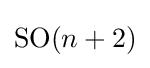
\mathrm {SO} (n+2)